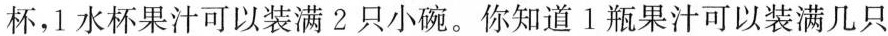
杯，1水杯果汁可以装满2只小碗。你知道1瓶果汁可以装满几只